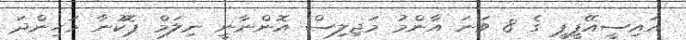
އައިސީއޭޕީޕީ ގެ 8 ވަނަ އާންމު މަޖިލިސް އޮންނާނީ ނިލަމް ޕޮކުނާ މަހިންދަ